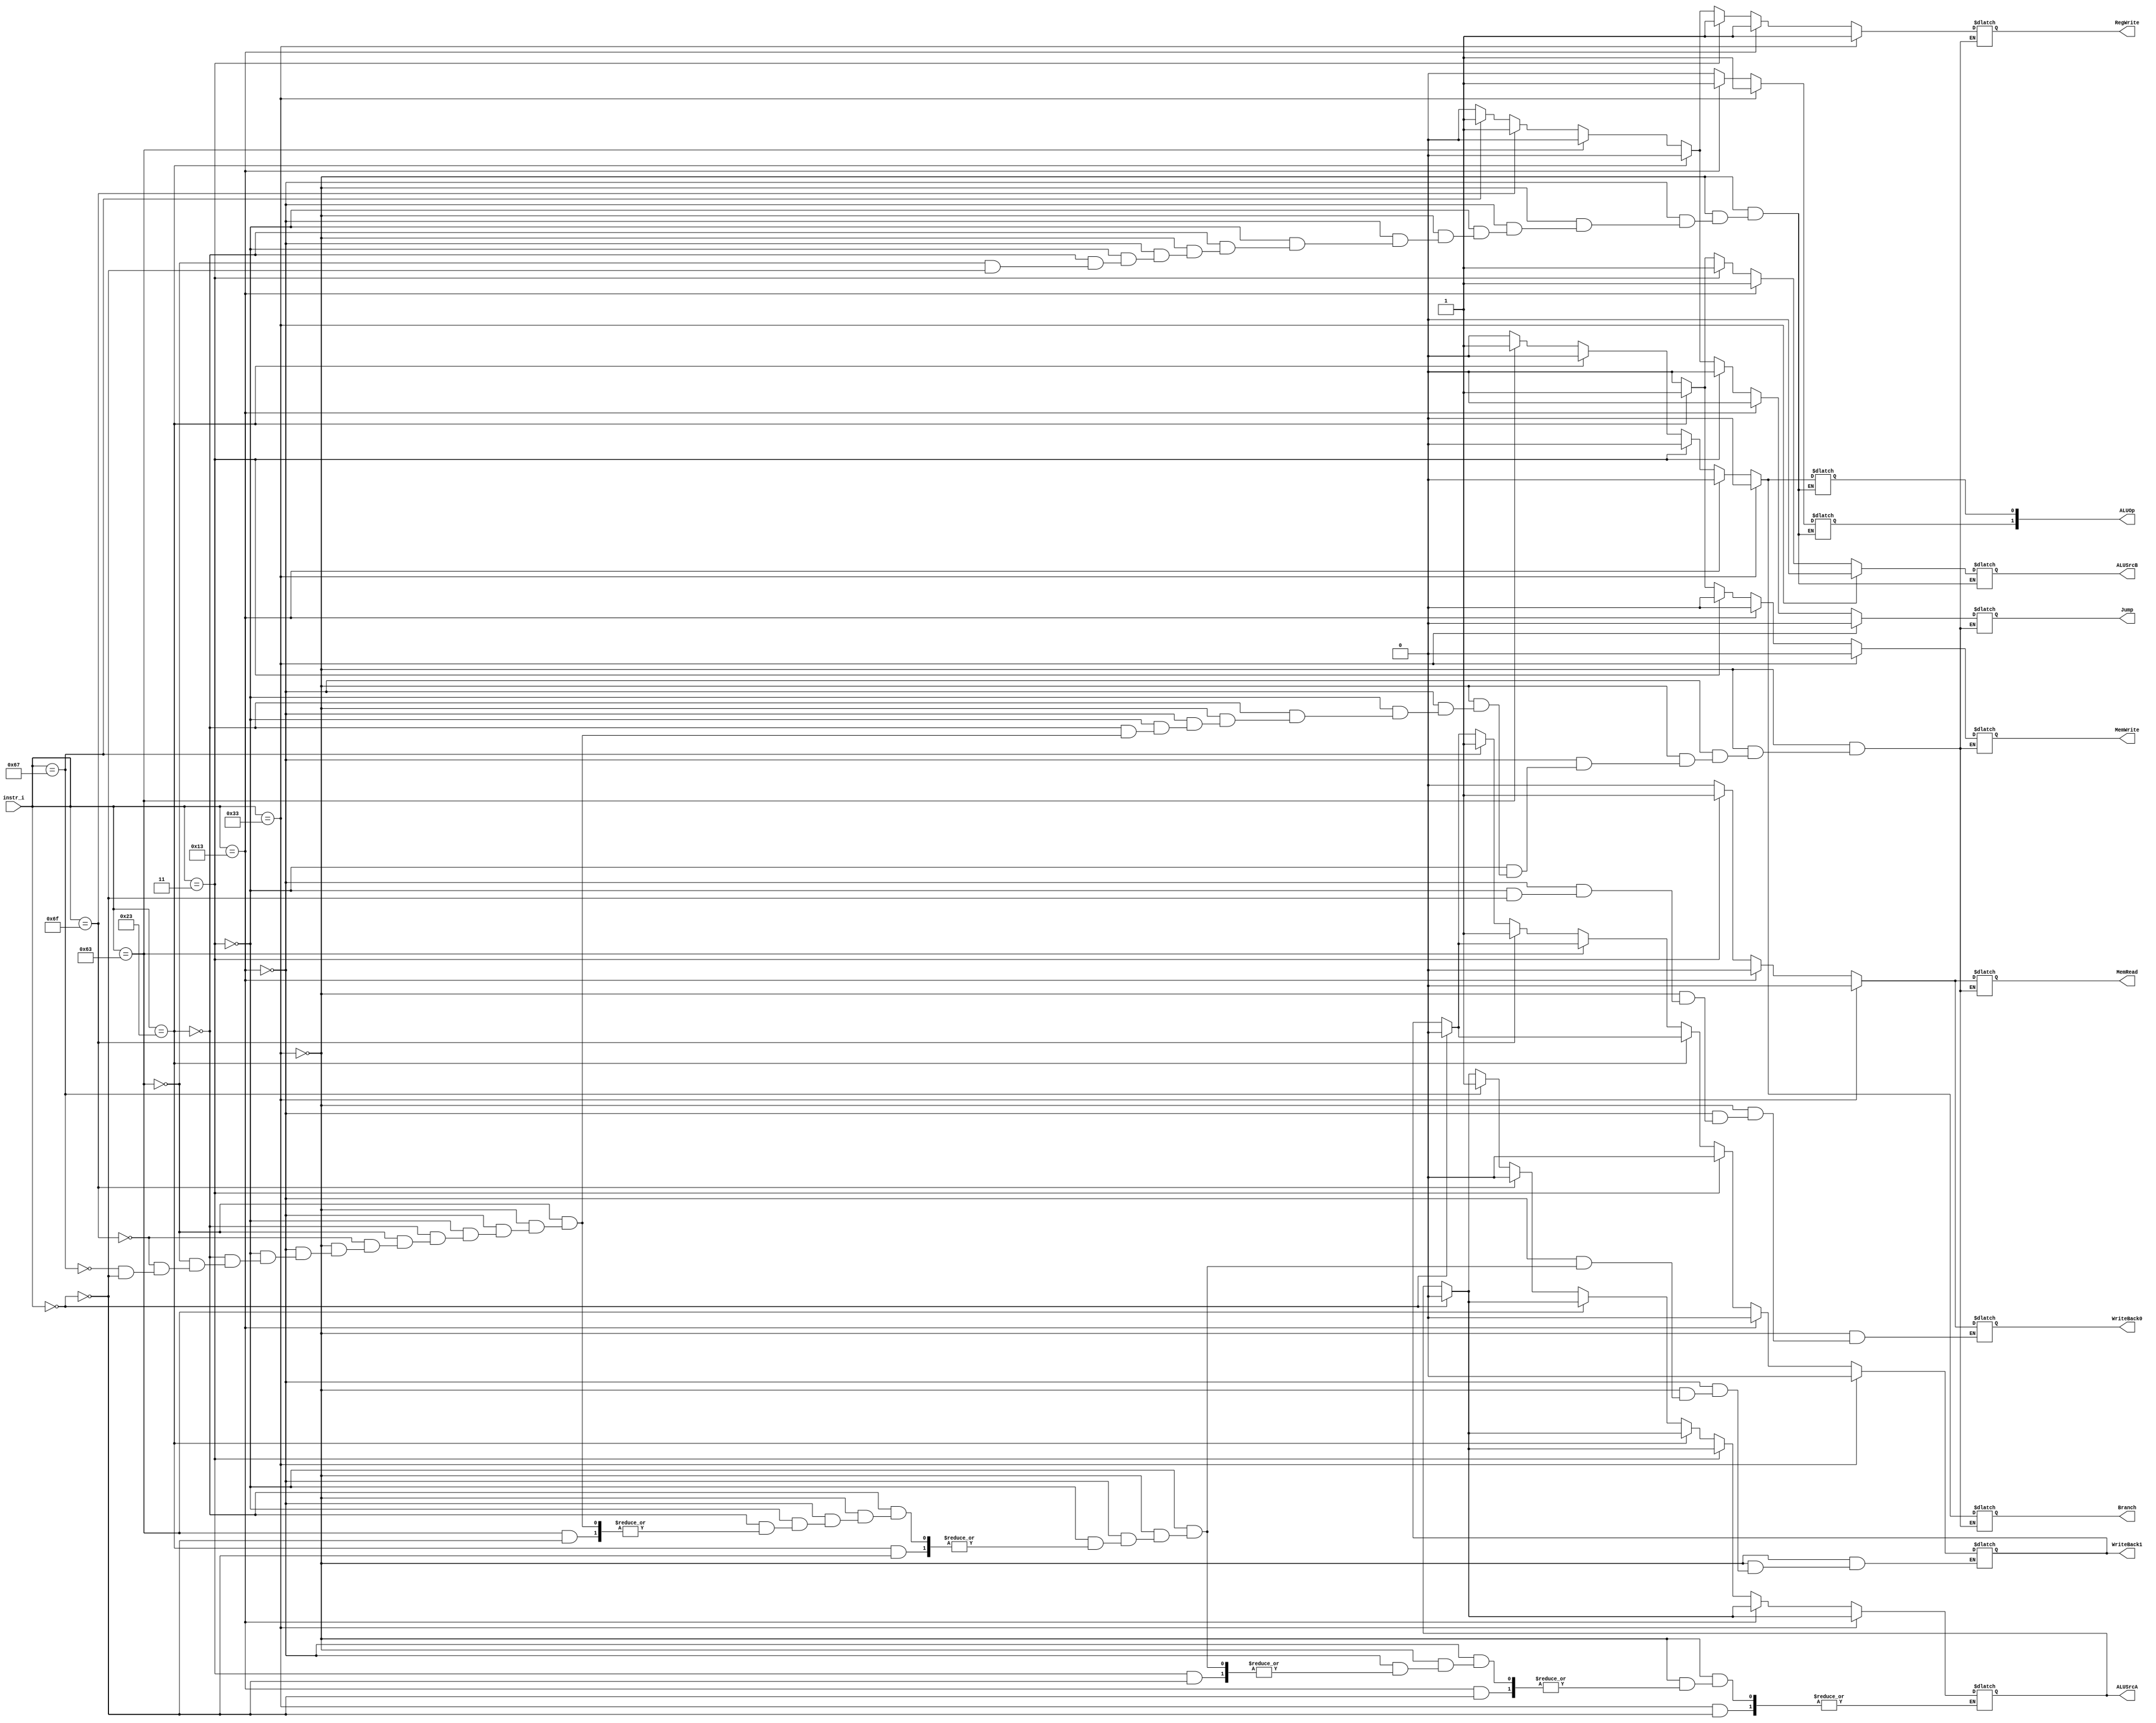

`timescale 1ns/1ps

module Decoder(
    input   [7-1:0]     instr_i,
    output              RegWrite,
    output              Branch,
    output              Jump,
    output              WriteBack1,
    output              WriteBack0,
    output              MemRead,
    output              MemWrite,
    output              ALUSrcA,
    output              ALUSrcB,
    output  [2-1:0]     ALUOp
);

/* Write your code HERE */
reg temp_Reg, temp_B, temp_J, temp_WB1, temp_WB0, temp_MR, temp_MW;
reg temp_SrcA, temp_SrcB;
reg temp_ALUOp[2-1:0];
//WB0 = MemtoReg
//SrcB = ALUSrc

always@(*) begin
    if (instr_i == 7'b0000000)begin //for nop
        temp_Reg = 1'b0;
        temp_B = 1'b0;
        temp_J = 1'b0;
        temp_WB0 = 1'b0;
        temp_WB1 = 1'b0;
        temp_MR = 1'b0;
        temp_MW = 1'b0;
        temp_SrcA = 1'b0;
        temp_SrcB = 1'b0;
        temp_ALUOp[1] = 1'b0;
        temp_ALUOp[0] = 1'b0;
    end
    if(instr_i == 7'b0110011)begin //Rtype
        temp_Reg = 1'b1;
        temp_B = 1'b0;
        temp_J = 1'b0;
        temp_WB0 = 1'b0;
        temp_WB1 = 1'b0;
        temp_MR = 1'b0;
        temp_MW = 1'b0;
        //
        temp_SrcB = 1'b0;
        temp_ALUOp[1] = 1'b1;
        temp_ALUOp[0] = 1'b0;
    end

    else if(instr_i == 7'b0010011)begin //Itype
        temp_Reg = 1'b1;
        temp_B = 1'b0;
        temp_J = 1'b0;
        temp_WB0 = 1'b0;
        temp_WB1 = 1'b0;
        temp_MR = 1'b0;
        temp_MW = 1'b0;
        temp_SrcB = 1'b1;
        temp_ALUOp[1] = 1'b1;
        temp_ALUOp[0] = 1'b0;
    end
    else if(instr_i == 7'b0000011)begin //lw
        temp_Reg = 1'b1;
        temp_B = 1'b0;
        temp_J = 1'b0;
        temp_WB0 = 1'b1;
        temp_WB1 = 1'b0;
        temp_MR = 1'b1;
        temp_MW = 1'b0;
        temp_SrcB = 1'b1;
        temp_ALUOp[1] = 1'b0;
        temp_ALUOp[0] = 1'b0;
    end
    else if(instr_i == 7'b0100011)begin //sw
        temp_Reg = 1'b0;
        temp_B = 1'b0;
        temp_J = 1'b0;
        // temp_WB1 = 1'b0;
        //temp_WB0 = 1'b1;
        temp_MR = 1'b0;
        temp_MW = 1'b1;
        temp_SrcB = 1'b1;
        temp_ALUOp[1] = 1'b0;
        temp_ALUOp[0] = 1'b0;
    end
    else if(instr_i == 7'b1100011)begin //beq
        temp_Reg = 1'b0;
        temp_B = 1'b1;
        temp_J = 1'b0;
        // temp_WB1 = 1'b0;
        //temp_WB0 = 1'b1;
        temp_MR = 1'b0;
        temp_MW = 1'b0;
        temp_SrcB = 1'b0;
        temp_ALUOp[1] = 1'b0;
        temp_ALUOp[0] = 1'b1;
    end
    else if(instr_i == 7'b1101111)begin //jal
        temp_Reg = 1'b1; // PC+ imm  rd 
        temp_B = 1'b0;
        temp_J = 1'b1;
        temp_WB1 = 1'b1;
        //temp_WB0 = 1'b1;
        temp_MR = 1'b0;
        temp_MW = 1'b0;
        temp_SrcA = 1'b0; // PC = PC +imm
        //temp_SrcB = 1'b0;
        //temp_ALUOp[1] = 1'b0;
        //temp_ALUOp[0] = 1'b1;
    end
    else if(instr_i == 7'b1100111)begin //jalr
        temp_Reg = 1'b1;// src1 + imm  rd 
        temp_B = 1'b0;
        temp_J = 1'b1;
        temp_WB1 = 1'b1;
        //temp_WB0 = 1'b0;
        temp_MR = 1'b0;
        temp_MW = 1'b0;
        temp_SrcA = 1'b1;
        //temp_SrcB = 1'b0;
        //temp_ALUOp[1] = 1'b0;
        //temp_ALUOp[0] = 1'b1;
    end
end

assign RegWrite = temp_Reg;
assign Branch = temp_B;
assign Jump = temp_J;
assign WriteBack1 = temp_WB1;
assign WriteBack0 = temp_WB0;
assign MemRead = temp_MR;
assign MemWrite = temp_MW;
assign ALUSrcA = temp_SrcA;
assign ALUSrcB = temp_SrcB;
assign ALUOp[1] = temp_ALUOp[1];
assign ALUOp[0] = temp_ALUOp[0];

endmodule